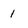
Character: 1